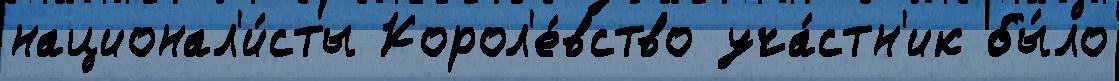
национал'и́сты Корол'е́вство уча́стн'ик бы́ло